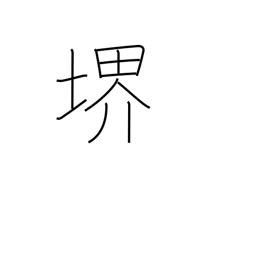
Meaning: world